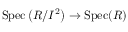
\operatorname { S p e c } \left( R / I ^ { 2 } \right) \to \operatorname { S p e c } ( R )